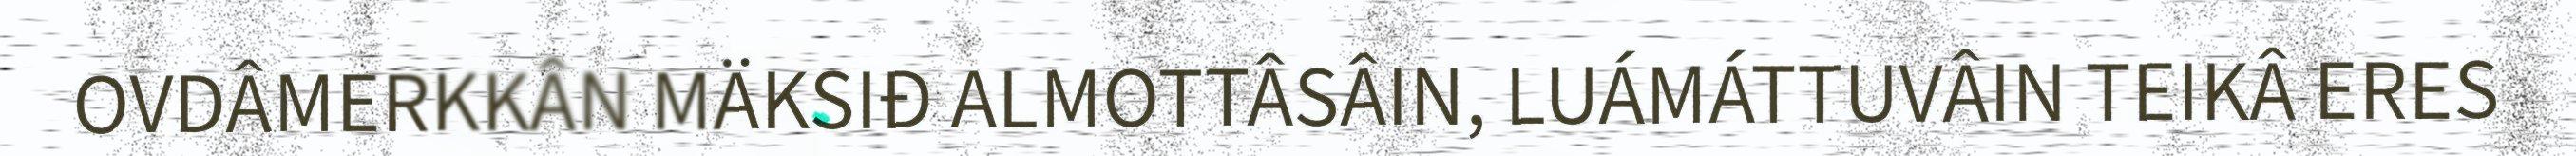
OVDÂMERKKÂN MÄKSIĐ ALMOTTÂSÂIN, LUÁMÁTTUVÂIN TEIKÂ ERES